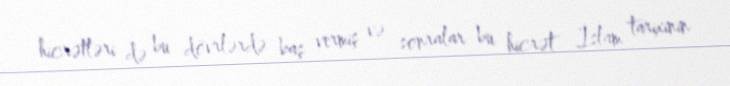
hicrətləri də bu dövrlərdə baş vermiş və sonralar bu hicrət İslam tarixinin